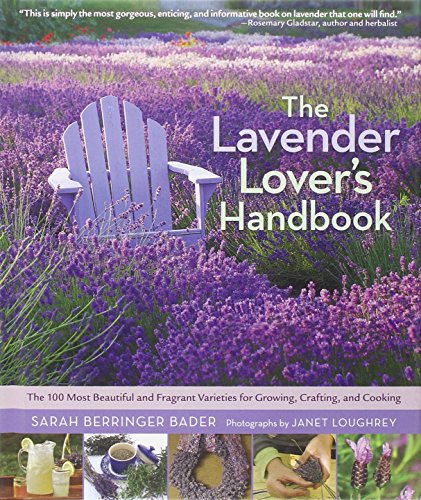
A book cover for The Lavender Lover's Handbook: The 100 Most Beautiful and Fragrant Varieties for Growing, Crafting, and Cookin; Sarah Berringer Bader; Crafts, Hobbies & Home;